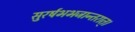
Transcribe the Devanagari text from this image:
सुरर्षभभजान्तरात्।